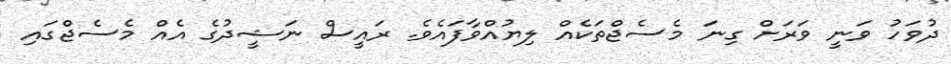
ދުވަހު ވަނީ ވަރަށް ގިނަ މެސެޖްތަކެއް ލިޔުއްވާފައެވެ. ރައީސް ނަޝީދުގެ އެއް މެސެޖްގައި